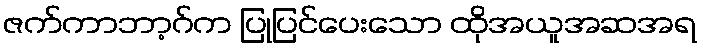
ဇက်ကာဘာ့ဂ်က ပြုပြင်ပေးသော ထိုအယူအဆအရ